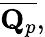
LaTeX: {\overline{{\mathbf{Q}_{p}}}},